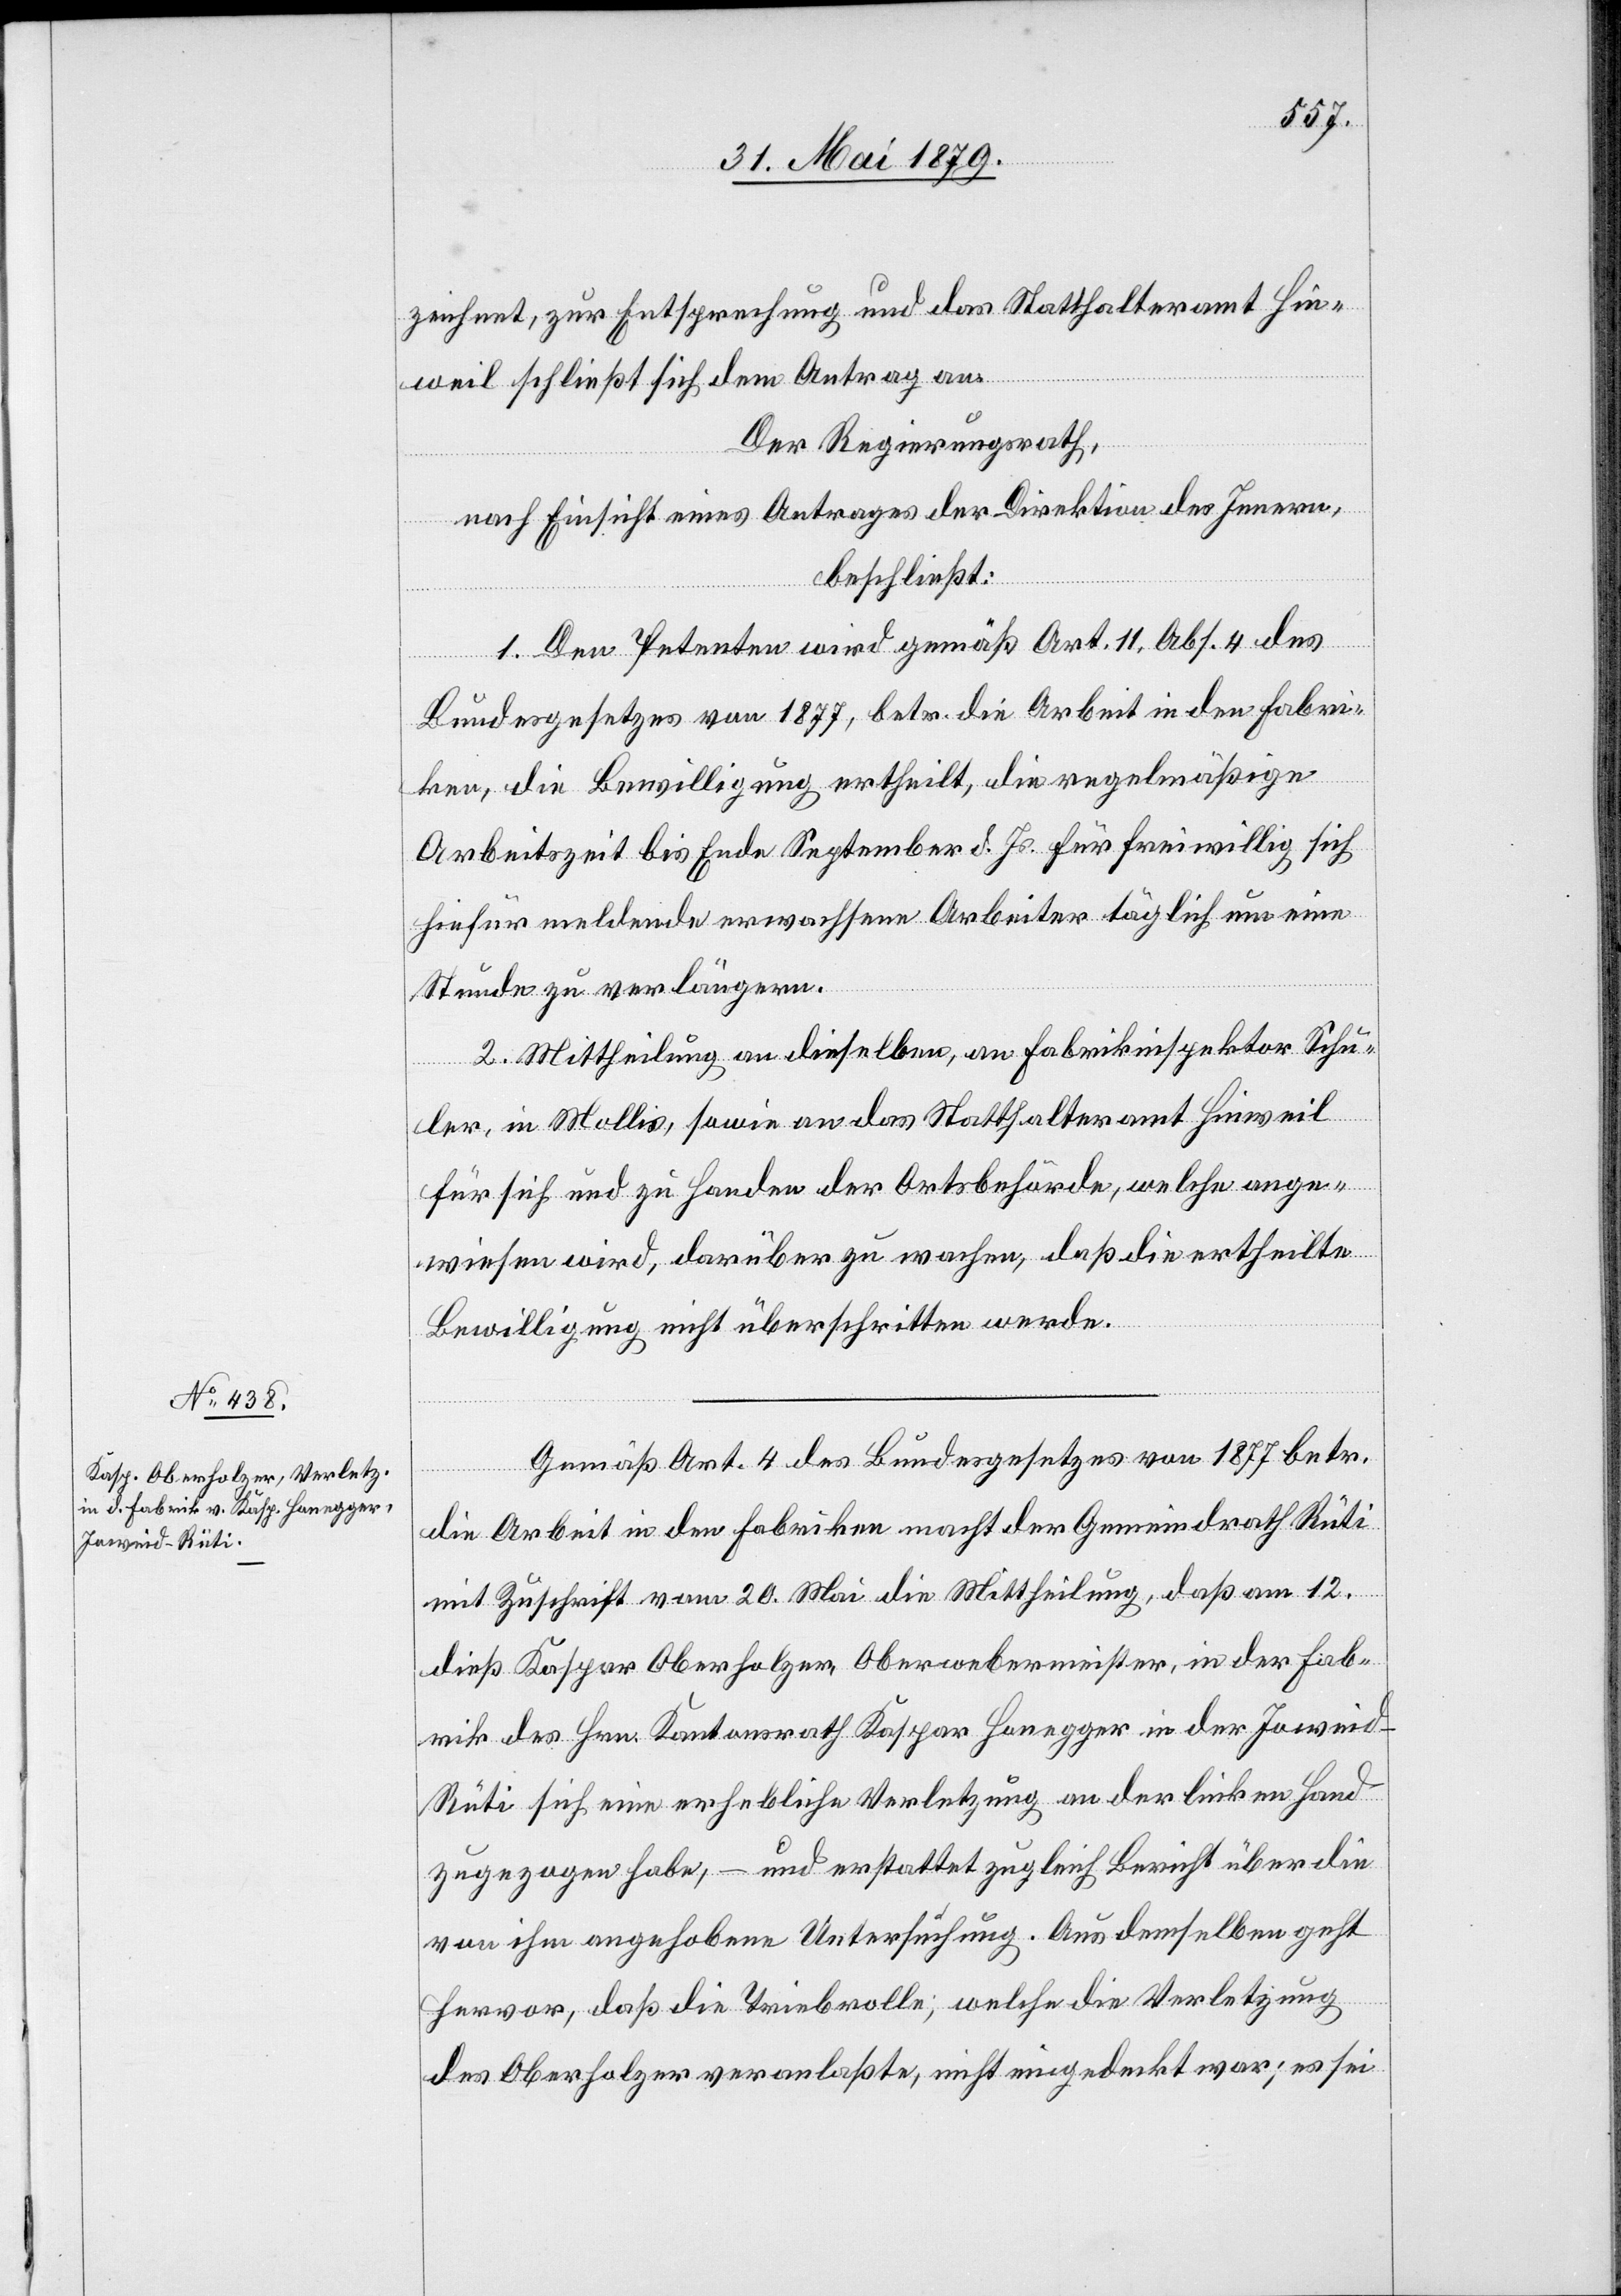
zeichnet, zur Entsprechung und das Statthalteramt Hin¬
weil schließt sich dem Antrag an.
Der Regierungsrath,
nach Einsicht eines Antrages der Direktion des Innern,
beschließt:
1. Den Petenten wird gemäß Art. 11, Abs. 4 des
Bundesgesetzes von 1877, betr. die Arbeit in den Fabri¬
ken, die Bewilligung ertheilt, die regelmäßige
Arbeitszeit bis Ende September d. Js. für freiwillig sich
hiefür meldende erwachsene Arbeiter täglich um eine
Stunde zu verlängern.
2. Mittheilung an dieselben, an Fabrikinspektor Schu¬
ler, in Mollis, sowie an das Statthalteramt Hinweil
für sich und zu Handen der Ortsbehörde, welche ange¬
wiesen wird, darüber zu wachen, daß die ertheilte
Bewilligung nicht überschritten werde.
Gemäß Art. 4 des Bundesgesetzes von 1877 betr.
die Arbeit in den Fabriken macht der Gemeindrath Rüti
mit Zuschrift vom 20. Mai die Mittheilung, daß am 12.
dieß Kaspar Oberholzer, Oberwebermeister, in der Fab¬
rik des Hrn. Kantonsrath Kaspar Honegger in der Joweid
Rüti sich eine erhebliche Verletzung an der linken Hand
zugezogen habe, – und erstattet zugleich Bericht über die
von ihm angehobene Untersuchung. Aus demselben geht
hervor, daß die Triebrolle; welche die Verletzung
des Oberholzer veranlaßte, nicht eingedeckt war; es sei